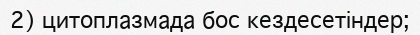
2) цитоплазмада бос кездесетіндер;